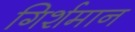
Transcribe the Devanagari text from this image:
गिर्शमान